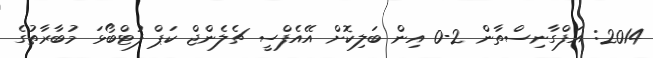
2014: އަފްގާނިސްތާން 2-0 އިން ބަލިކޮށް އޭއެފްސީ ޗެލެންޖް ކަޕް ފުޓްބޯޅަ މުބާރާތުގެ